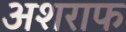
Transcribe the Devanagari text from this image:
अशराफ